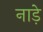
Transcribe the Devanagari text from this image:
नाड़े